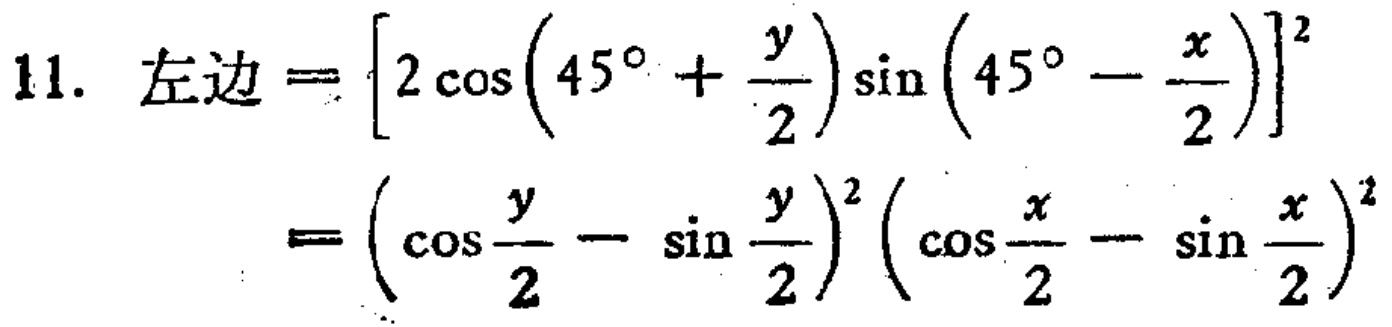
11. 左边$=\left[2\cos\left(45^{\circ}+\frac{y}{2}\right)\sin\left(45^{\circ}-\frac{x}{2}\right)\right]^{2}$

$=\left(\cos\frac{y}{2}-\sin\frac{y}{2}\right)^{2}\left(\cos\frac{x}{2}-\sin\frac{x}{2}\right)^{2}$